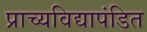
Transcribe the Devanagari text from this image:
प्राच्यविद्यापंडित